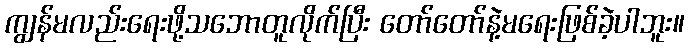
ကျွန်မလည်းရေးဖို့သဘောတူလိုက်ပြီး တော်တော်နဲ့မရေးဖြစ်ခဲ့ပါဘူး။